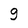
Character: g